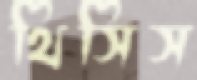
থিসিস